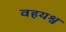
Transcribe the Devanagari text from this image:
वहयश्व